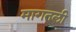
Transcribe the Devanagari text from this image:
मागतली